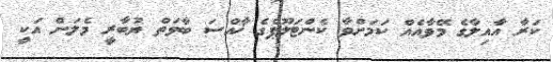
ކަރާ އާއިލާގެ މޭވާއެއް ކަމަށްވާ ކެންޓަލޫޕްގެ ޚާއްސަ ބާވަތް ޔުބާރީ މެލަން އަކީ